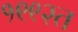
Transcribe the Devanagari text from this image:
१९९२त